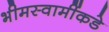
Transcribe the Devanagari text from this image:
भीमस्वामींकडे